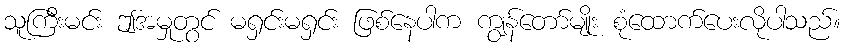
သူကြီးမင်း ဤအမှုတွင် မရှင်းမရှင်း ဖြစ်နေပါက ကျွန်တော်မျိုး စုံထောက်ပေးလိုပါသည်။